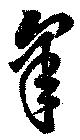
皐